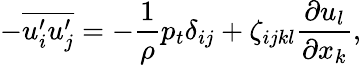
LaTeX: -\overline{{u_{i}^{\prime}u_{j}^{\prime}}}=-\frac{1}{\rho}p_{t}\delta_{ij}+\zeta_{ijkl}\frac{\partial u_{l}}{\partial x_{k}},